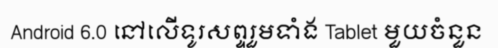
Android 6.0 នៅលើទូរសព្ទរួមទាំង Tablet មួយចំនួន